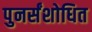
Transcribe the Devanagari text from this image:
पुनर्संशोधित